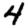
Digit: 4